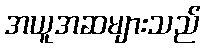
အယူအဆများသည်